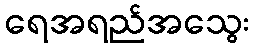
ရေအရည်အသွေး